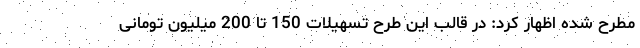
مطرح شده اظهار کرد: در قالب این طرح تسهیلات‌ 150 تا 200 میلیون تومانی